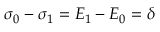
\sigma _ { 0 } - \sigma _ { 1 } = E _ { 1 } - E _ { 0 } = \delta